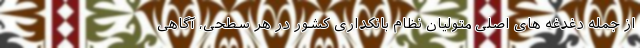
از جمله دغدغه های اصلی متولیان نظام بانکداری کشور در هر سطحی، آگاهی